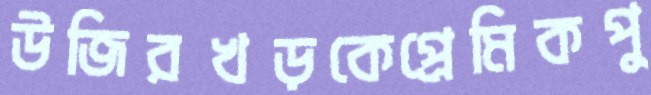
উজিরখড়কেপ্রেমিকপু